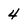
Character: 4